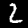
Label: 2